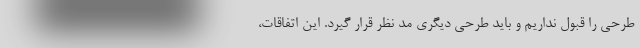
طرحی را قبول نداریم و باید طرحی دیگری مد نظر قرار گیرد. این اتفاقات،